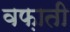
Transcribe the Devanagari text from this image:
वफ़ाती